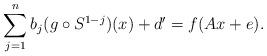
LaTeX: \begin{align*}\sum_{j=1}^n b_j(g\circ S^{1-j})(x) + d' = f(Ax+e).\end{align*}